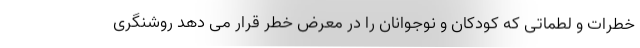
خطرات و لطماتی که کودکان و نوجوانان را در معرض خطر قرار می دهد روشنگری